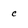
Character: c